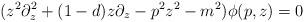
LaTeX: \begin{align*}(z^2 \partial_z^2+(1-d) z\partial_z-p^2 z^2-m^2)\phi(p,z)=0\end{align*}